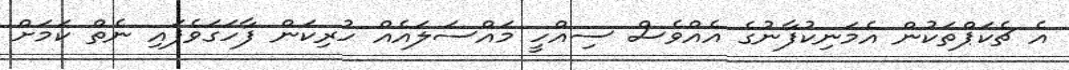
އެ ޗެކަޕްތަކުން އެމަނިކުފާނުގެ އެއްވެސް ސިއްހީ މައްސަލައެއް ހުރިކަން ފާހަގަވެފައި ނެތް ކަމަށް